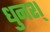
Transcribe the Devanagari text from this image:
धुनश्